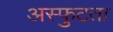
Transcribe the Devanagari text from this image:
अस्फुटता